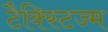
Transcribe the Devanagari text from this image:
टैक्स्टिज्म